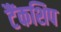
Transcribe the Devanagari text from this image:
टैंकशिप